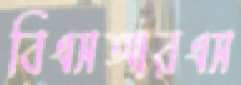
বিএসআরএস